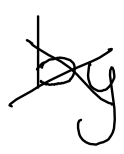
Text: by
Cross-out: cross
Writing tool: digital_black